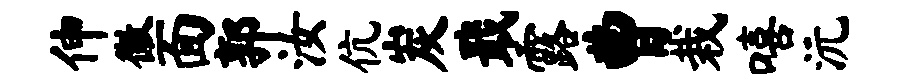
伸徽面郭汝伉炭戢露曹栽嘻沅